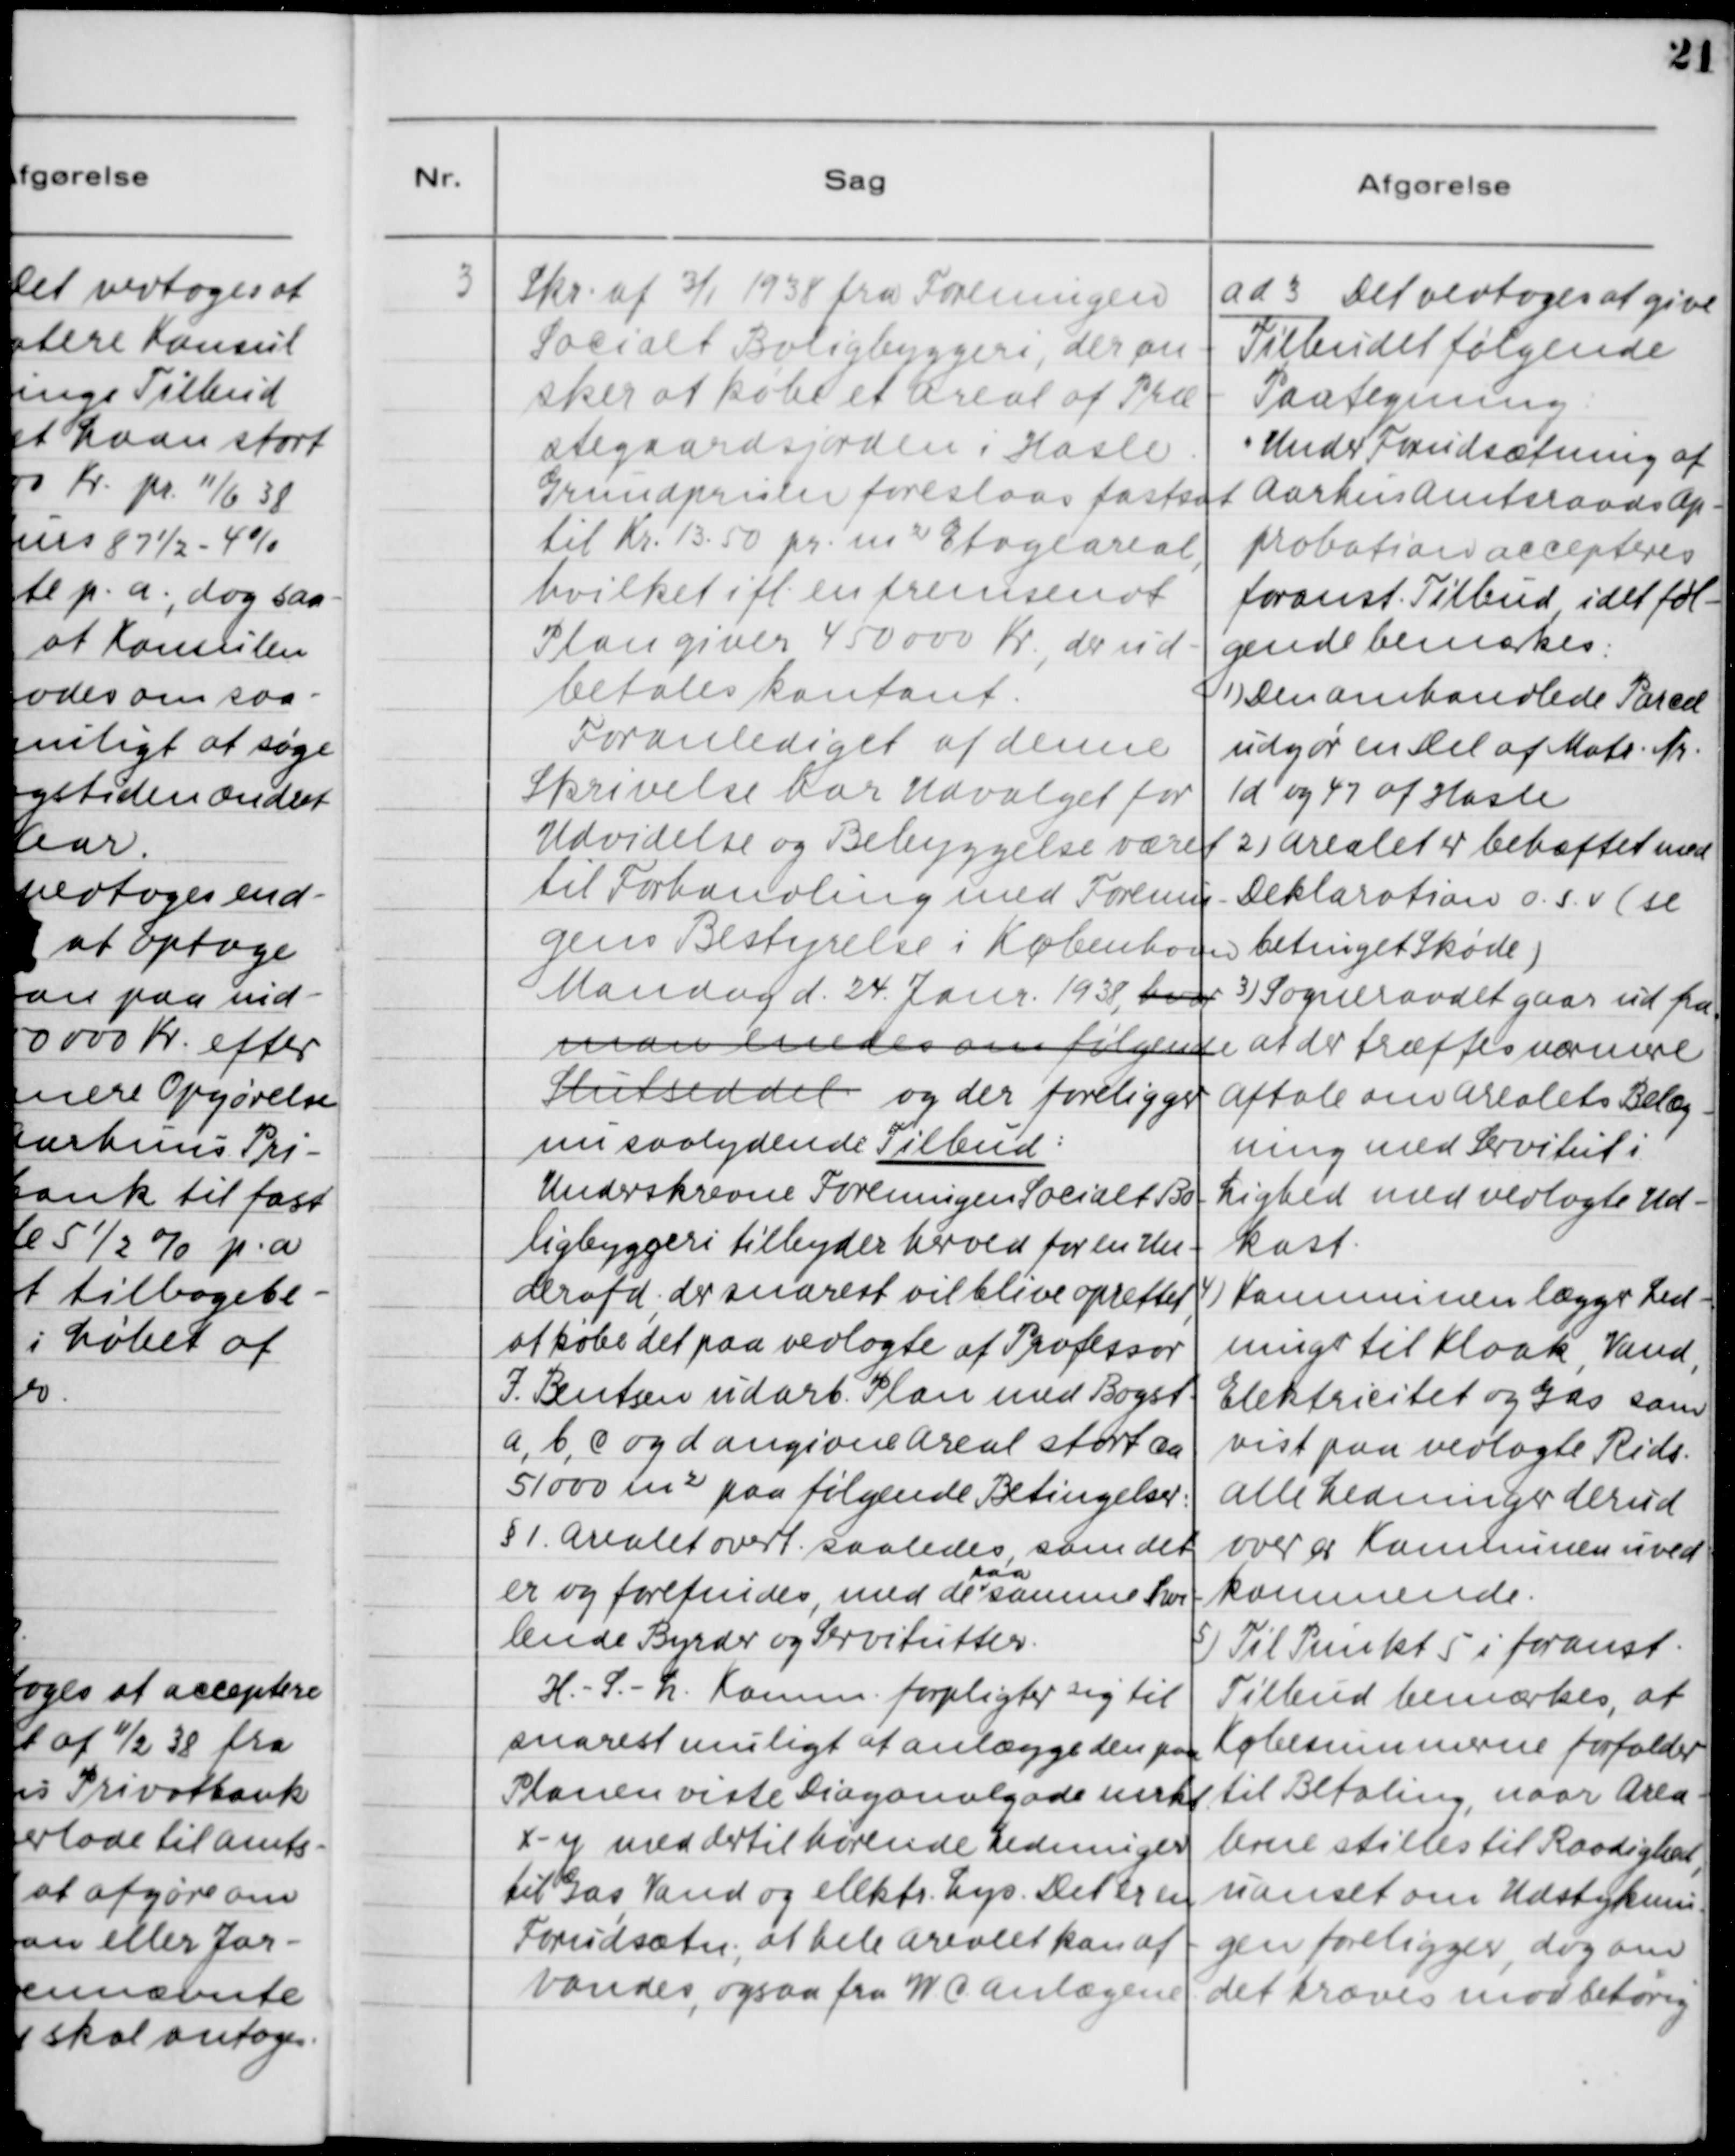
Transskription:
3. Skr. af 3/1 1938 fra Foreningen
Socialt Boligbyggeri, der øn-
sker at købe et Areal af Præ-
stegaardsjorden i Hasle.
Grundprisen foreslaas fastsat
til Kr. 13.50 pr. m2 Etageareal,
hvilket ift. en fremsendt
Plan giver 450 000 Kr., der ud-
betales kontant.
Foranlediget af denne
Skrivelse har Udvalget for
Udvidelse og Bebyggelse været
til Forhandling med Forenin-
gens Bestyrelse i København
Mandag d. 24. Janr. 1938, hvor
man enedes om følgende
Slutseddel og der foreligger
nu saalydende Tilbud:
Underskrevne Foreningen Socialt Bo-
ligbyggeri tilbyder herved for en Un-
derafd., der snarest vil blive oprettet,
at købe det paa vedlagte af Professor
I. Bentsen udarb. Plan med Bogst.
a, b, c og d angivne Areal stort ca.
51000 m2 paa følgende Betingelser:
§1. Arealet overt. saaledes, som det
er og forefindes, med de paa samme hvi--
lende Byrder og Servitutter.
H - S - L Komm. forpligter sig til
snarest muligt at anlægge den paa
Planen viste Diagonalgade mrkt.
x - y med dertil hørende ledninger
til Gas, Vand og elektr. Lys. Det er en
Forudsætn., at hele Arealet kan af-
vandes, ogsaa fra WC Anlæggene.

ad 3. Det vedtoges at give
Tilbudet følgende
Paategning:
"Under Forudsætning af
Aarhus Amtsraads Ap-
probation accepteres
foranst. Tilbud, idet føl-
gende bemærkes:
1) Den omhandlede Parcel
udgør en Del af Matr. Nr.
1d og 47 af Hasle.
2) Arealet er behæftet med
Deklaration o.s.v. (se
betinget Skøde)
3) Sogneraadet gaar ud fra,
at der træffes nærmere
aftale om Arealets Belæg-
ning med Servitut i
Lighed med vedlagte Ud-
kast.
4) Kommunen lægger Led-
ninger til Kloak, Vand,
Elektricitet og Gas som
vist paa vedlagte Rids.
Alle Ledninger derud
over er Kommunen uved-
kommende.
5) Til Punkt 5 i foranst.
Tilbud bemærkes, at
Købesummerne forfalder
til Betaling, naar Area-
lerne stilles til Raadighed,
uanset om Udstyknin-
gen foreligger, dog om
det kræves mod behørig.